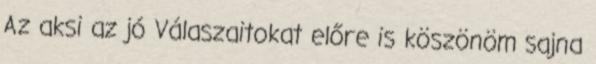
Az aksi az jó Válaszaitokat előre is köszönöm sajna